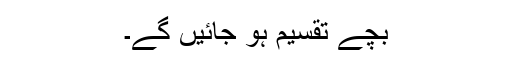
بچے تقسیم ہو جائیں گے۔